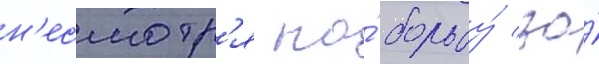
н'есмотр'я на́ борьбу́ за́